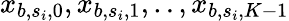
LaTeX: x_{b,s_{i},0},x_{b,s_{i},1},..,x_{b,s_{i},K-1}